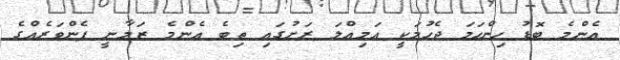
އެންމެ ބޮޑު ހިންހަމަ ޖެހުމަކީ އަމިއްލަ ރަށުގައި ތިބެ އެންމެ ޒަމާނީ ފެންވަރެއްގެ